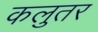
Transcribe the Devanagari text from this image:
कलुतर